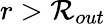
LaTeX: r>\mathcal{R}_{out}